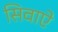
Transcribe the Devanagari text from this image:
सिवाऐ